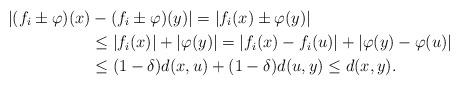
LaTeX: \begin{align*} |(f_i\pm \varphi)(x)&-(f_i\pm \varphi)(y)|=|f_i(x) \pm \varphi(y)|\\ &\leq |f_i(x)| +|\varphi(y)| = |f_i(x)-f_i(u)|+|\varphi(y)-\varphi(u)|\\ &\leq (1-\delta)d(x,u) +(1-\delta)d(u,y)\leq d(x,y). \end{align*}